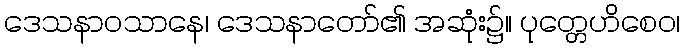
ဒေသနာဝသာနေ၊ ဒေသနာတော်၏ အဆုံး၌။ ပုတ္တေဟိစေဝ၊